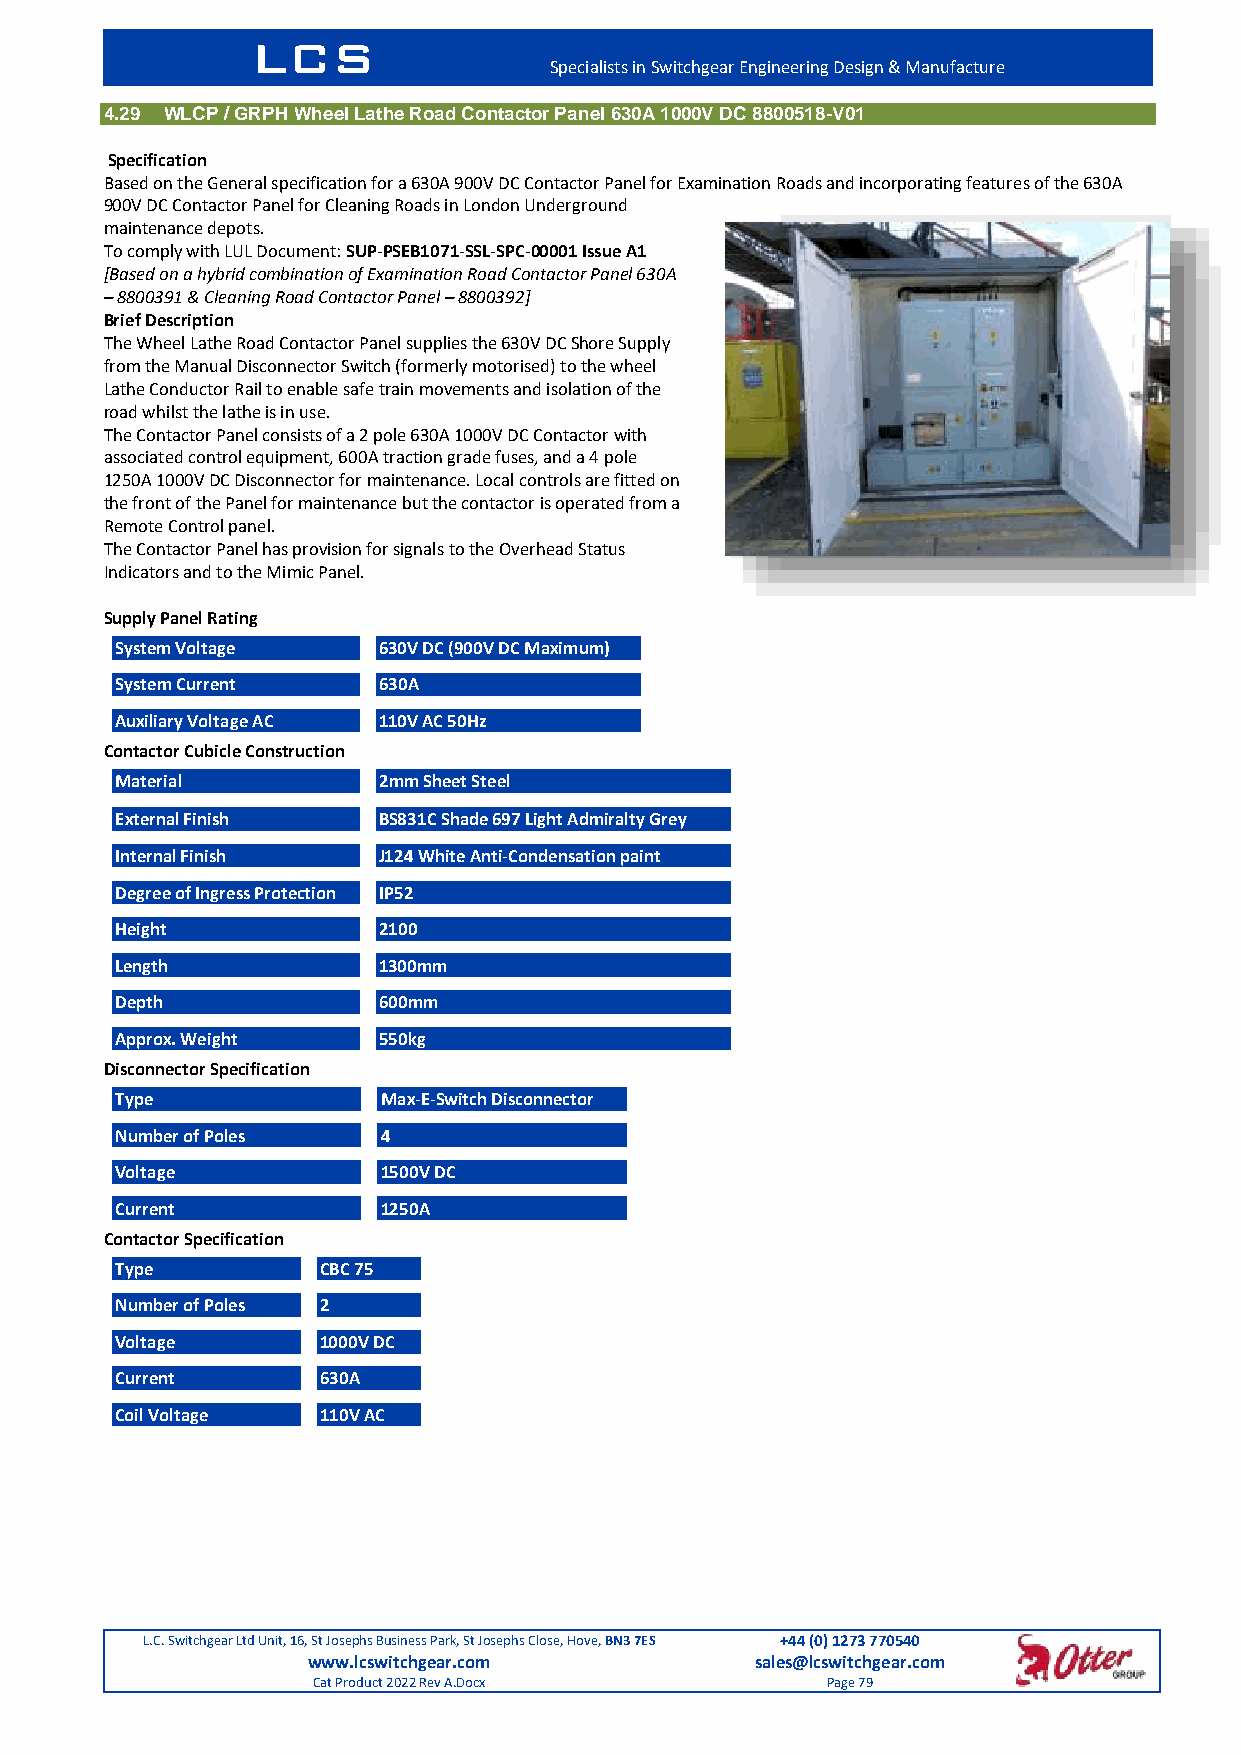
LCS
 Specialists in Switchgear Engineering Design & Manufacture
 4.29 WLCP / GRPH Wheel Lathe Road Contactor Panel 630A 1000V DC 8800518-V01
 Specification
 Based on the General specification for a 630A 900V DC Contactor Panel for Examination Roads and incorporating features of the 630A
 900V DC Contactor Panel for Cleaning Roads in London Underground
 maintenance depots.
 To comply with LUL Document: SUP-PSEB1071-SSL-SPC-00001 Issue A1
 [Based on a hybrid combination of Examination Road Contactor Panel 630A
 – 8800391 & Cleaning Road Contactor Panel – 8800392]
 Brief Description
 The Wheel Lathe Road Contactor Panel supplies the 630V DC Shore Supply
 from the Manual Disconnector Switch (formerly motorised) to the wheel
 Lathe Conductor Rail to enable safe train movements and isolation of the
 road whilst the lathe is in use.
 The Contactor Panel consists of a 2 pole 630A 1000V DC Contactor with
 associated control equipment, 600A traction grade fuses, and a 4 pole
 1250A 1000V DC Disconnector for maintenance. Local controls are fitted on
 the front of the Panel for maintenance but the contactor is operated from a
 Remote Control panel.
 The Contactor Panel has provision for signals to the Overhead Status
 Indicators and to the Mimic Panel.
 Supply Panel Rating
 System Voltage   630V DC (900V DC Maximum)
 System Current   630A
 Auxiliary Voltage AC 110V AC 50Hz
 Contactor Cubicle Construction
 Material         2mm Sheet Steel
 External Finish  BS831C Shade 697 Light Admiralty Grey
 Internal Finish  J124 White Anti-Condensation paint
 Degree of Ingress Protection IP52
 Height           2100
 Length           1300mm
 Depth            600mm
 Approx. Weight   550kg
 Disconnector Specification
 Type             Max-E-Switch Disconnector
 Number of Poles  4
 Voltage          1500V DC
 Current          1250A
 Contactor Specification
 Type         CBC 75
 Number of Poles 2
 Voltage      1000V DC
 Current      630A
 Coil Voltage 110V AC
 L.C. Switchgear Ltd Unit, 16, St Josephs Business Park, St Josephs Close, Hove, BN3 7ES +44 (0) 1273 770540
 www.lcswitchgear.com          sales@lcswitchgear.com
 Cat Product 2022 Rev A.Docx       Page 79